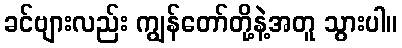
ခင်ဗျားလည်း ကျွန်တော်တို့နဲ့အတူ သွားပါ။